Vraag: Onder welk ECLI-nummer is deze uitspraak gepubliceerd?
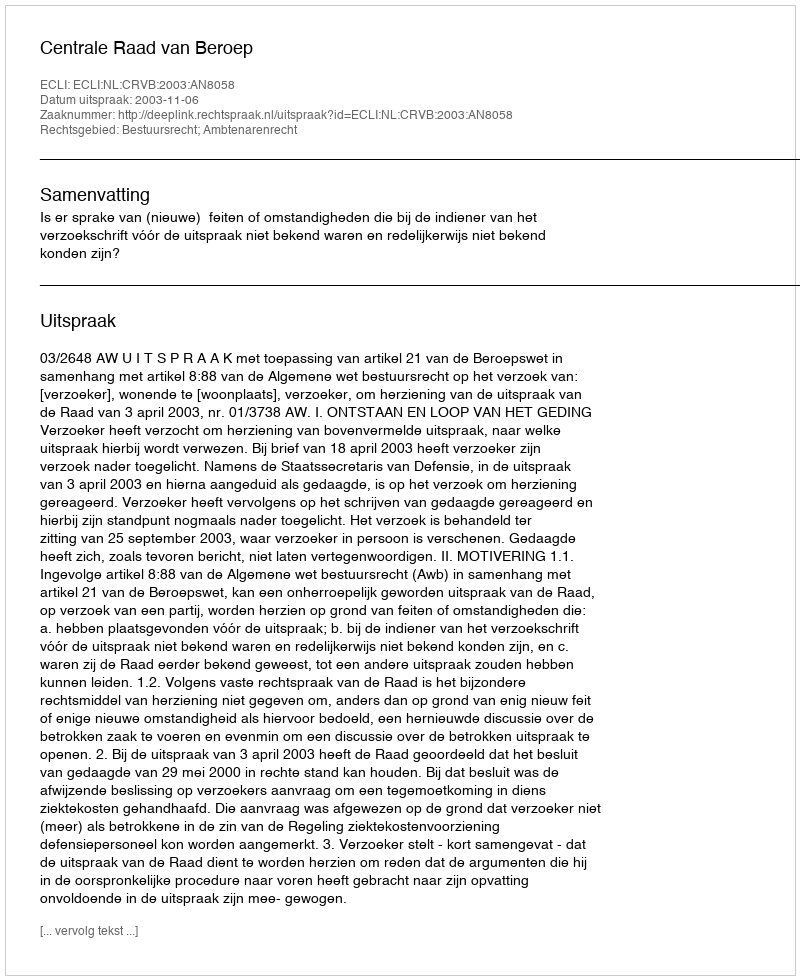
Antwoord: ECLI:NL:CRVB:2003:AN8058